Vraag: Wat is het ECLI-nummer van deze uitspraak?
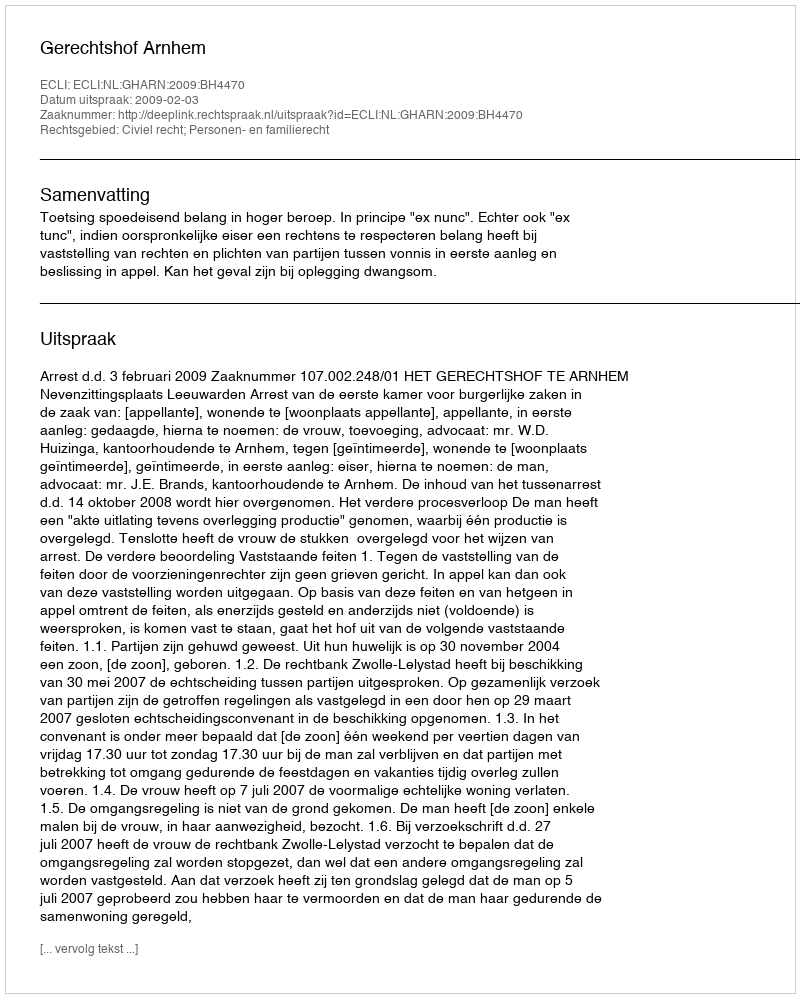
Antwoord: ECLI:NL:GHARN:2009:BH4470